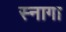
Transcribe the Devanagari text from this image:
स्नागा